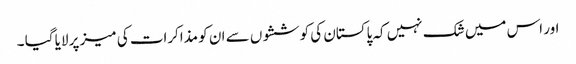
اور اس میں شک نہیں کہ پاکستان کی کوششوں سے ان کو مذاکرات کی میز پر لایا گیا ۔